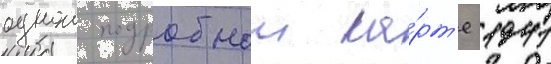
однои подробнои ка́рт'е 1941